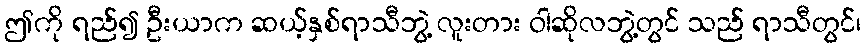
ဤကို ရည်၍ ဦးယာက ဆယ့်နှစ်ရာသီဘွဲ့ လူးတား ဝါဆိုလဘွဲ့တွင် သည် ရာသီတွင်၊